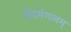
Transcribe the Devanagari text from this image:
शेंदमंगलम्